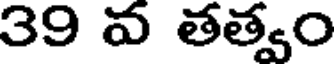
39 వ తత్వం